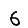
Digit: 6